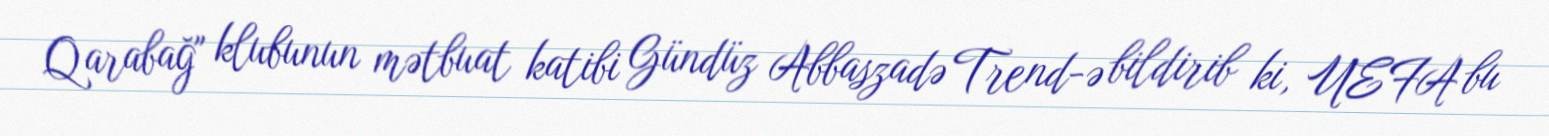
Qarabağ" klubunun mətbuat katibi Gündüz Abbaszadə Trend-ə bildirib ki, UEFA bu